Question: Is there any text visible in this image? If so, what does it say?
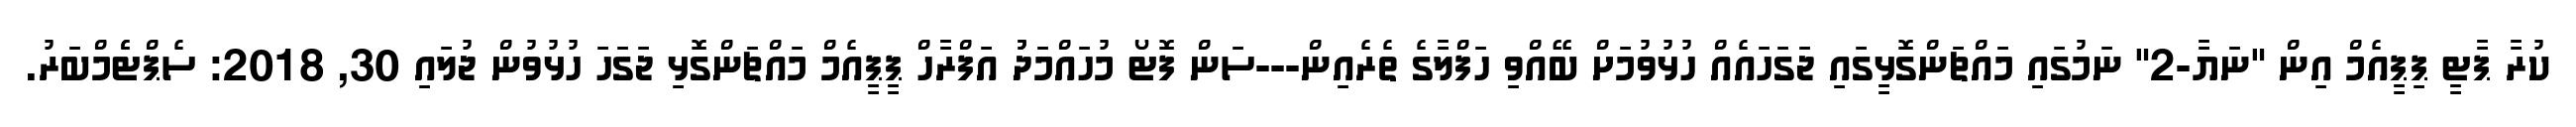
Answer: ކުރާ ޕާޓީ ޕިޕީއެމް އިން "ނަޔާ-2" ނަމުގައި މައްޗަންގޮޅީގައި ޖަގަހައެއް ހުޅުވުމަށް ބޭއްވި ހަފްލާގެ ތެރެއިން---ސަން ފޮޓޯ މުހައްމަދުު އަފްރާހް ޕީޕީއެމް މައްޗަންގޮޅި ޖަގަހަ ހުޅުވުން ޖުލައި 30, 2018: ސެޕްޓެެމްބަރު.